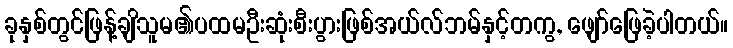
ခုနှစ်တွင်ဖြန့်ချိသူမ၏ပထမဦးဆုံးစီးပွားဖြစ်အယ်လ်ဘမ်နှင့်တကွ, ဖျော်ဖြေခဲ့ပါတယ်။